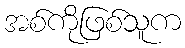
အစ်ကိုဖြစ်သူက